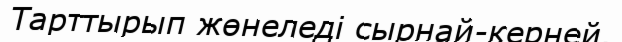
Тарттырып жөнеледі сырнай-керней.